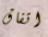
اتفاق